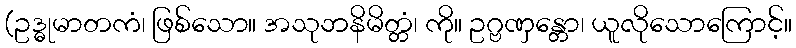
(ဥဒ္ဓုမာတကံ၊ ဖြစ်သော။ အသုဘနိမိတ္တံ၊ ကို။ ဥဂ္ဗဏှန္တော၊ ယူလိုသောကြောင့်။